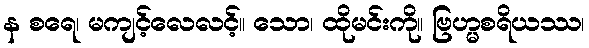
န စရေ၊ မကျင့်လေလင့်။ သော၊ ထိုမင်းကို။ ဗြဟ္မစရိယဿ၊